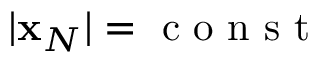
| { \bf x } _ { N } | = \mathrm { ~ c ~ o ~ n ~ s ~ t ~ }